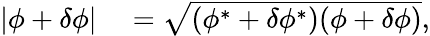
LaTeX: \begin{array}{rl}{|\phi+\delta\phi|}&{{}=\sqrt{(\phi^{*}+\delta\phi^{*})(\phi+\delta\phi)},}\end{array}